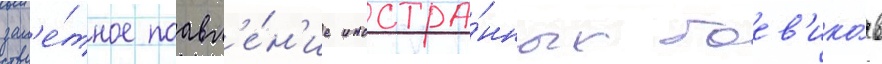
зам'е́тное поавл'е́н'ие иностра́нных боев'ико́в